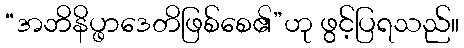
“အဘိနိပ္ဖာဒေတိဖြစ်စေ၏”ဟု ဖွင့်ပြရသည်။